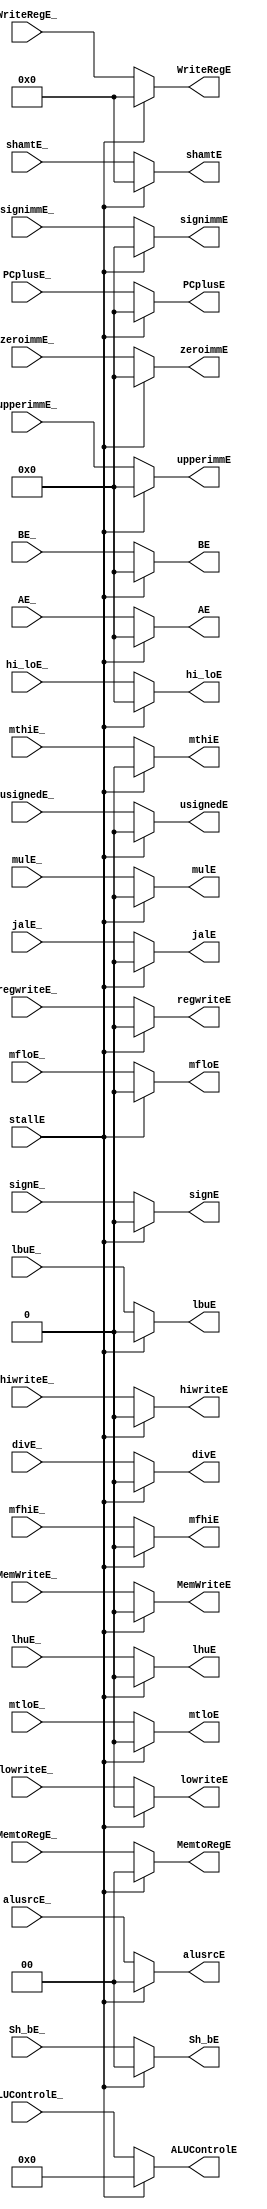
`timescale 1ns / 1ps

module mux_ID_EX_REG (
    input[31:0] PCplusE_,
    input[31:0] upperimmE_,
    input[31:0] zeroimmE_,
    input[31:0] signimmE_,
    input[10:6] shamtE_,
    input[4:0] WriteRegE_,
    input[31:0] AE_,
    input[31:0] BE_,
    input jalE_,
    input regwriteE_,
    input[1:0] MemtoRegE_,
    input lbuE_,
    input lhuE_,
    input MemWriteE_,
    input[1:0] Sh_bE_,
    input[1:0] alusrcE_,

    input[5:0] ALUControlE_,
    input usignedE_,

    input signE_,
    input mulE_,
    input divE_,
    input mtloE_,
    input mthiE_,
    input lowriteE_,
    input hiwriteE_,
    input mfloE_,
    input mfhiE_,
    input[31:0] hi_loE_,

    input stallE,

    output [31:0] PCplusE,
    output [31:0] upperimmE,
    output [31:0] zeroimmE,
    output [31:0] signimmE,
    output [10:6] shamtE,
    output [4:0] WriteRegE,
    output [31:0] AE,
    output [31:0] BE,
    output  jalE,
    output  regwriteE,
    output [1:0] MemtoRegE,
    output  lbuE,
    output  lhuE,
    output  MemWriteE,
    output [1:0] Sh_bE,
    output [1:0] alusrcE,

    output [5:0] ALUControlE,
    output  usignedE,

    output  signE,
    output  mulE,
    output  divE,
    output  mtloE,
    output  mthiE,
    output  lowriteE,
    output  hiwriteE,
    output  mfloE,
    output  mfhiE,
    output [31:0] hi_loE
);

assign PCplusE = stallE ? 0 : PCplusE_;
assign upperimmE = stallE ? 0 : upperimmE_;
assign zeroimmE = stallE ? 0 : zeroimmE_;
assign signimmE = stallE ? 0 : signimmE_;
assign shamtE = stallE ? 0 : shamtE_;
assign WriteRegE = stallE ? 0 : WriteRegE_;
assign AE = stallE ? 0 : AE_;
assign BE = stallE ? 0 : BE_;
assign jalE = stallE ? 0 : jalE_;
assign regwriteE = stallE ? 0 : regwriteE_;
assign MemtoRegE = stallE ? 0 : MemtoRegE_;
assign lbuE = stallE ? 0 : lbuE_;
assign lhuE = stallE ? 0 : lhuE_;
assign MemWriteE = stallE ? 0 : MemWriteE_;
assign Sh_bE = stallE ? 0 : Sh_bE_;
assign alusrcE = stallE ? 0 : alusrcE_;

assign ALUControlE = stallE ? 0 : ALUControlE_;
assign usignedE = stallE ? 0 : usignedE_;

assign signE = stallE ? 0 : signE_;
assign mulE = stallE ? 0 : mulE_;
assign divE = stallE ? 0 : divE_;
assign mtloE = stallE ? 0 : mtloE_;
assign mthiE = stallE ? 0 : mthiE_;
assign lowriteE = stallE ? 0 : lowriteE_;
assign hiwriteE = stallE ? 0 : hiwriteE_;
assign mfloE = stallE ? 0 : mfloE_;
assign mfhiE = stallE ? 0 : mfhiE_;
assign hi_loE = stallE ? 0 : hi_loE_;
endmodule